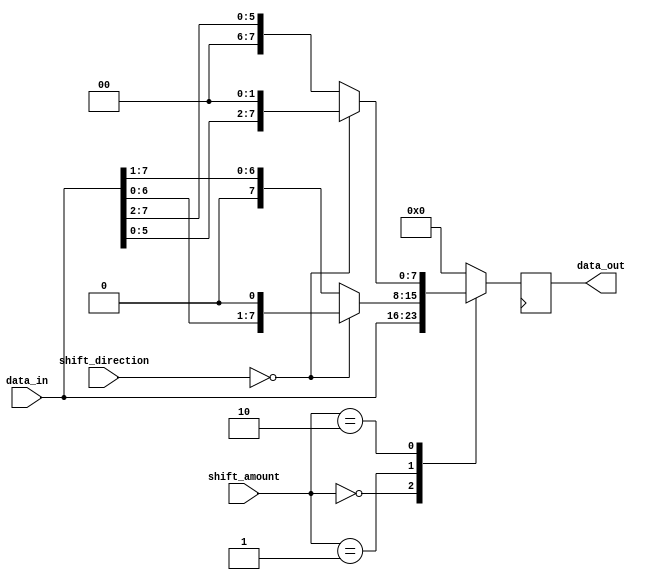
module sparse_barrel_shifter (
    input wire [7:0] data_in,
    input wire [3:0] shift_amount,
    input wire [1:0] shift_direction, // 0 for left shift, 1 for right shift
    output reg [7:0] data_out
);

reg [7:0] temp;

always @(data_in, shift_amount, shift_direction) begin
    case (shift_amount)
        4'b0000: temp = data_in;
        4'b0001: temp = (shift_direction == 2'b00) ? data_in << 1 : data_in >> 1;
        4'b0010: temp = (shift_direction == 2'b00) ? data_in << 2 : data_in >> 2;
        // add more cases for different shift amounts here if needed
        default: temp = 8'b0;
    endcase
end

always @(posedge clk) begin
    data_out <= temp;
end

endmodule